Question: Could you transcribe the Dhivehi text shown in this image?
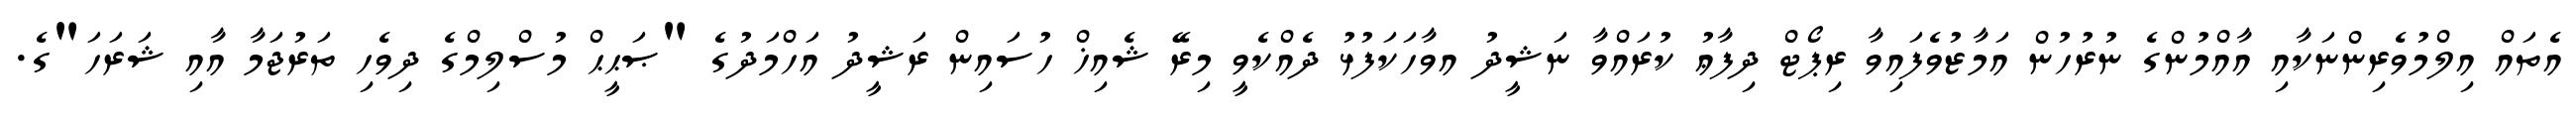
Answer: އެތައް އިލްމުވެރިންނަކާއި އާއްމުންގެ ނުރުހުން އަމާޒުވެފައިވާ ރިޕޯޓް ދިފާޢު ކުރައްވާ ނަޝީދު އވާހަކަފުޅު ދެއްކެވީ މިރޭ ޝެއިޚް ހުސައިން ރަޝީދު އަހްމަދުގެ "ޞަޙީޙް މުސްލިމްގެ ދިވެހި ތަރުޖަމާ އާއި ޝަރަހަ"ގެ.